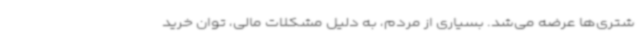
شتری‌ها عرضه می‌شد. بسیاری از مردم، به دلیل مشکلات مالی، توان خرید